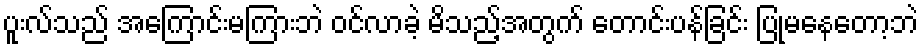
ပူးလ်သည် အကြောင်းမကြားဘဲ ဝင်လာခဲ့ မိသည့်အတွက် တောင်းပန်ခြင်း ပြုမနေတော့ဘဲ